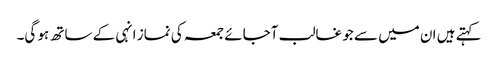
کہتے ہیں ان میں سے جو غالب آجائے جمعہ کی نماز انہی کے ساتھ ہو گی۔